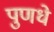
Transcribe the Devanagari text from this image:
पुणधे